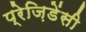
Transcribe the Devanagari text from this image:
प्रेज़िडेंसी